Plague in India, 1896, 1897 - Volume 2
Year: 1896
Disease focus: Plague
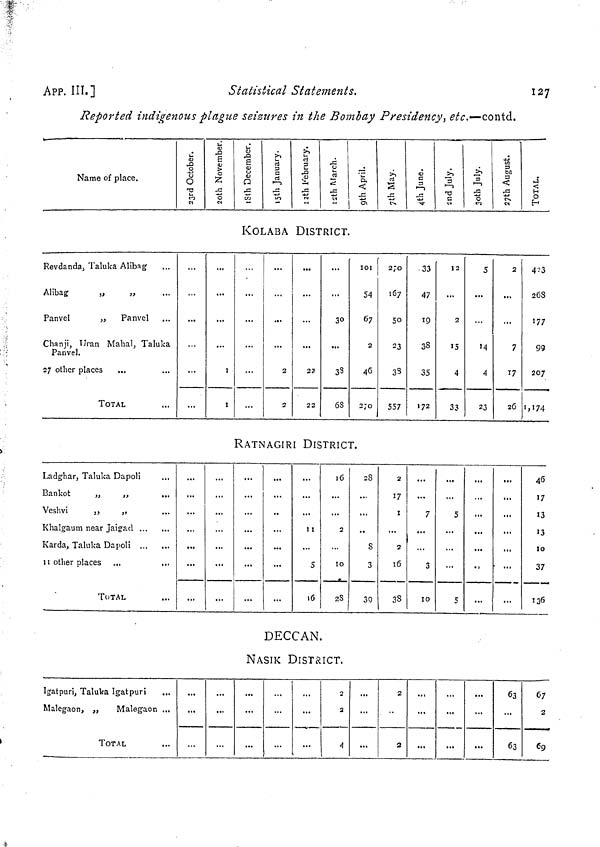
APP. III.]
Statistical Statements.
127
Reported indigenous plague seizures in the Bombay Presidency', etc.—-conta.
Name of place.
a
H
o
H
KOLABA DISTRICT.
Revdanda> Taluka Alibag
Alibag
„
,,
Panvel
„
Panvel
Chanji, Uran Mahal, Taluka
Panvel.
27 other places
TOTAL
...
I
I
...
2
•2
2?.
22
30
33
68
101
54
67
2
46
2JO
2JO
167
50
23
33
557
33
47
19
38
35
172
12
2
15
4
33
5
M
4
23
2
7
*7
26
4?3
268
177
99
207
iji74
RATNAGIRI DISTRICT.
Ladghar, Taluka Dapoli
Bankot
})
,,
,,,
Veshv!
,j
„
Karda, Taluka Dapoli
n other places
TOTAL
I I
5
16
16
2
10
28
2S
S
3
30
2
17
I
2
16
38
7
3
IO
5
...
5
...
•>
...
...
46
17
13
13
10
37
136
DECCAN.
NASIK DISTRICT.
Igatpuri, Taluka Igatpuri
Malegaon, „
Malegaon ...
TOTAL
— „_
2
2
4
...
...
2
2
...
...
...
...
...
63
63
67
2
69